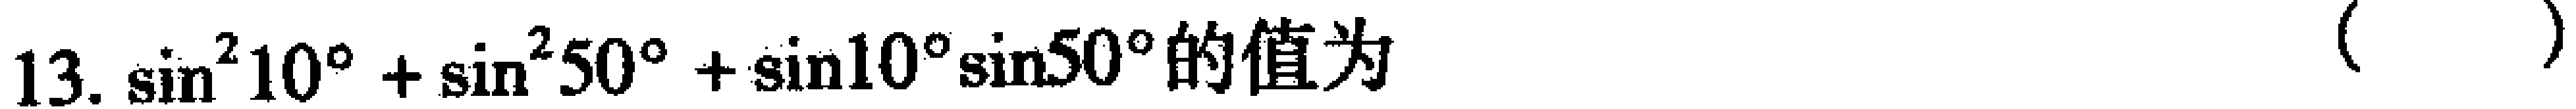
13. $\sin^{2}10^{\circ}+\sin^{2}50^{\circ}+\sin10^{\circ}\sin50^{\circ}$的值为 （  ）